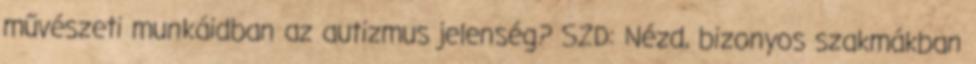
művészeti munkáidban az autizmus jelenség? SZD: Nézd, bizonyos szakmákban